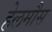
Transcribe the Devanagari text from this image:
हेलमौस